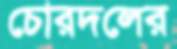
চোরদলের